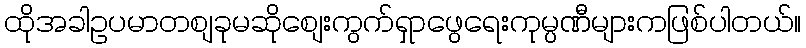
ထိုအခါဥပမာတစျခုမဆိုစျေးကွက်ရှာဖွေရေးကုမ္ပဏီများကဖြစ်ပါတယ်။